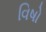
વિષો